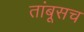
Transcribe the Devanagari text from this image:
तांबूसच